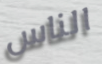
الناس